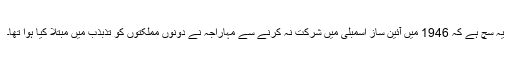
یہ سچ ہے کہ 1946 میں آئین ساز اسمبلی میں شرکت نہ کرنے سے مہاراجہ نے دونوں مملکتوں کو تذبذب میں مبتلا کیا ہوا تھا۔